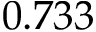
0 . 7 3 3